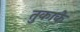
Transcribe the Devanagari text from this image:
तुकाके